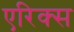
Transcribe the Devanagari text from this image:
एरिक्स